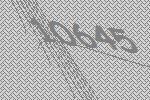
10645